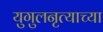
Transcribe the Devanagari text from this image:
युगुलनृत्याच्या